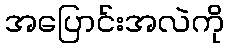
အပြောင်းအလဲကို